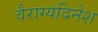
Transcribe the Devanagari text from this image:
वैराग्यदिनेश